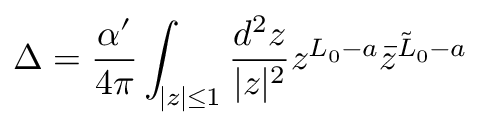
\Delta = { \frac { \alpha ^ { \prime } } { 4 \pi } } \int _ { | z | \leq 1 } { \frac { d ^ { 2 } z } { | z | ^ { 2 } } } z ^ { L _ { 0 } - a } \bar { z } ^ { \tilde { L } _ { 0 } - a }